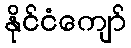
နိုင်ငံကျော်